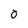
Character: 0